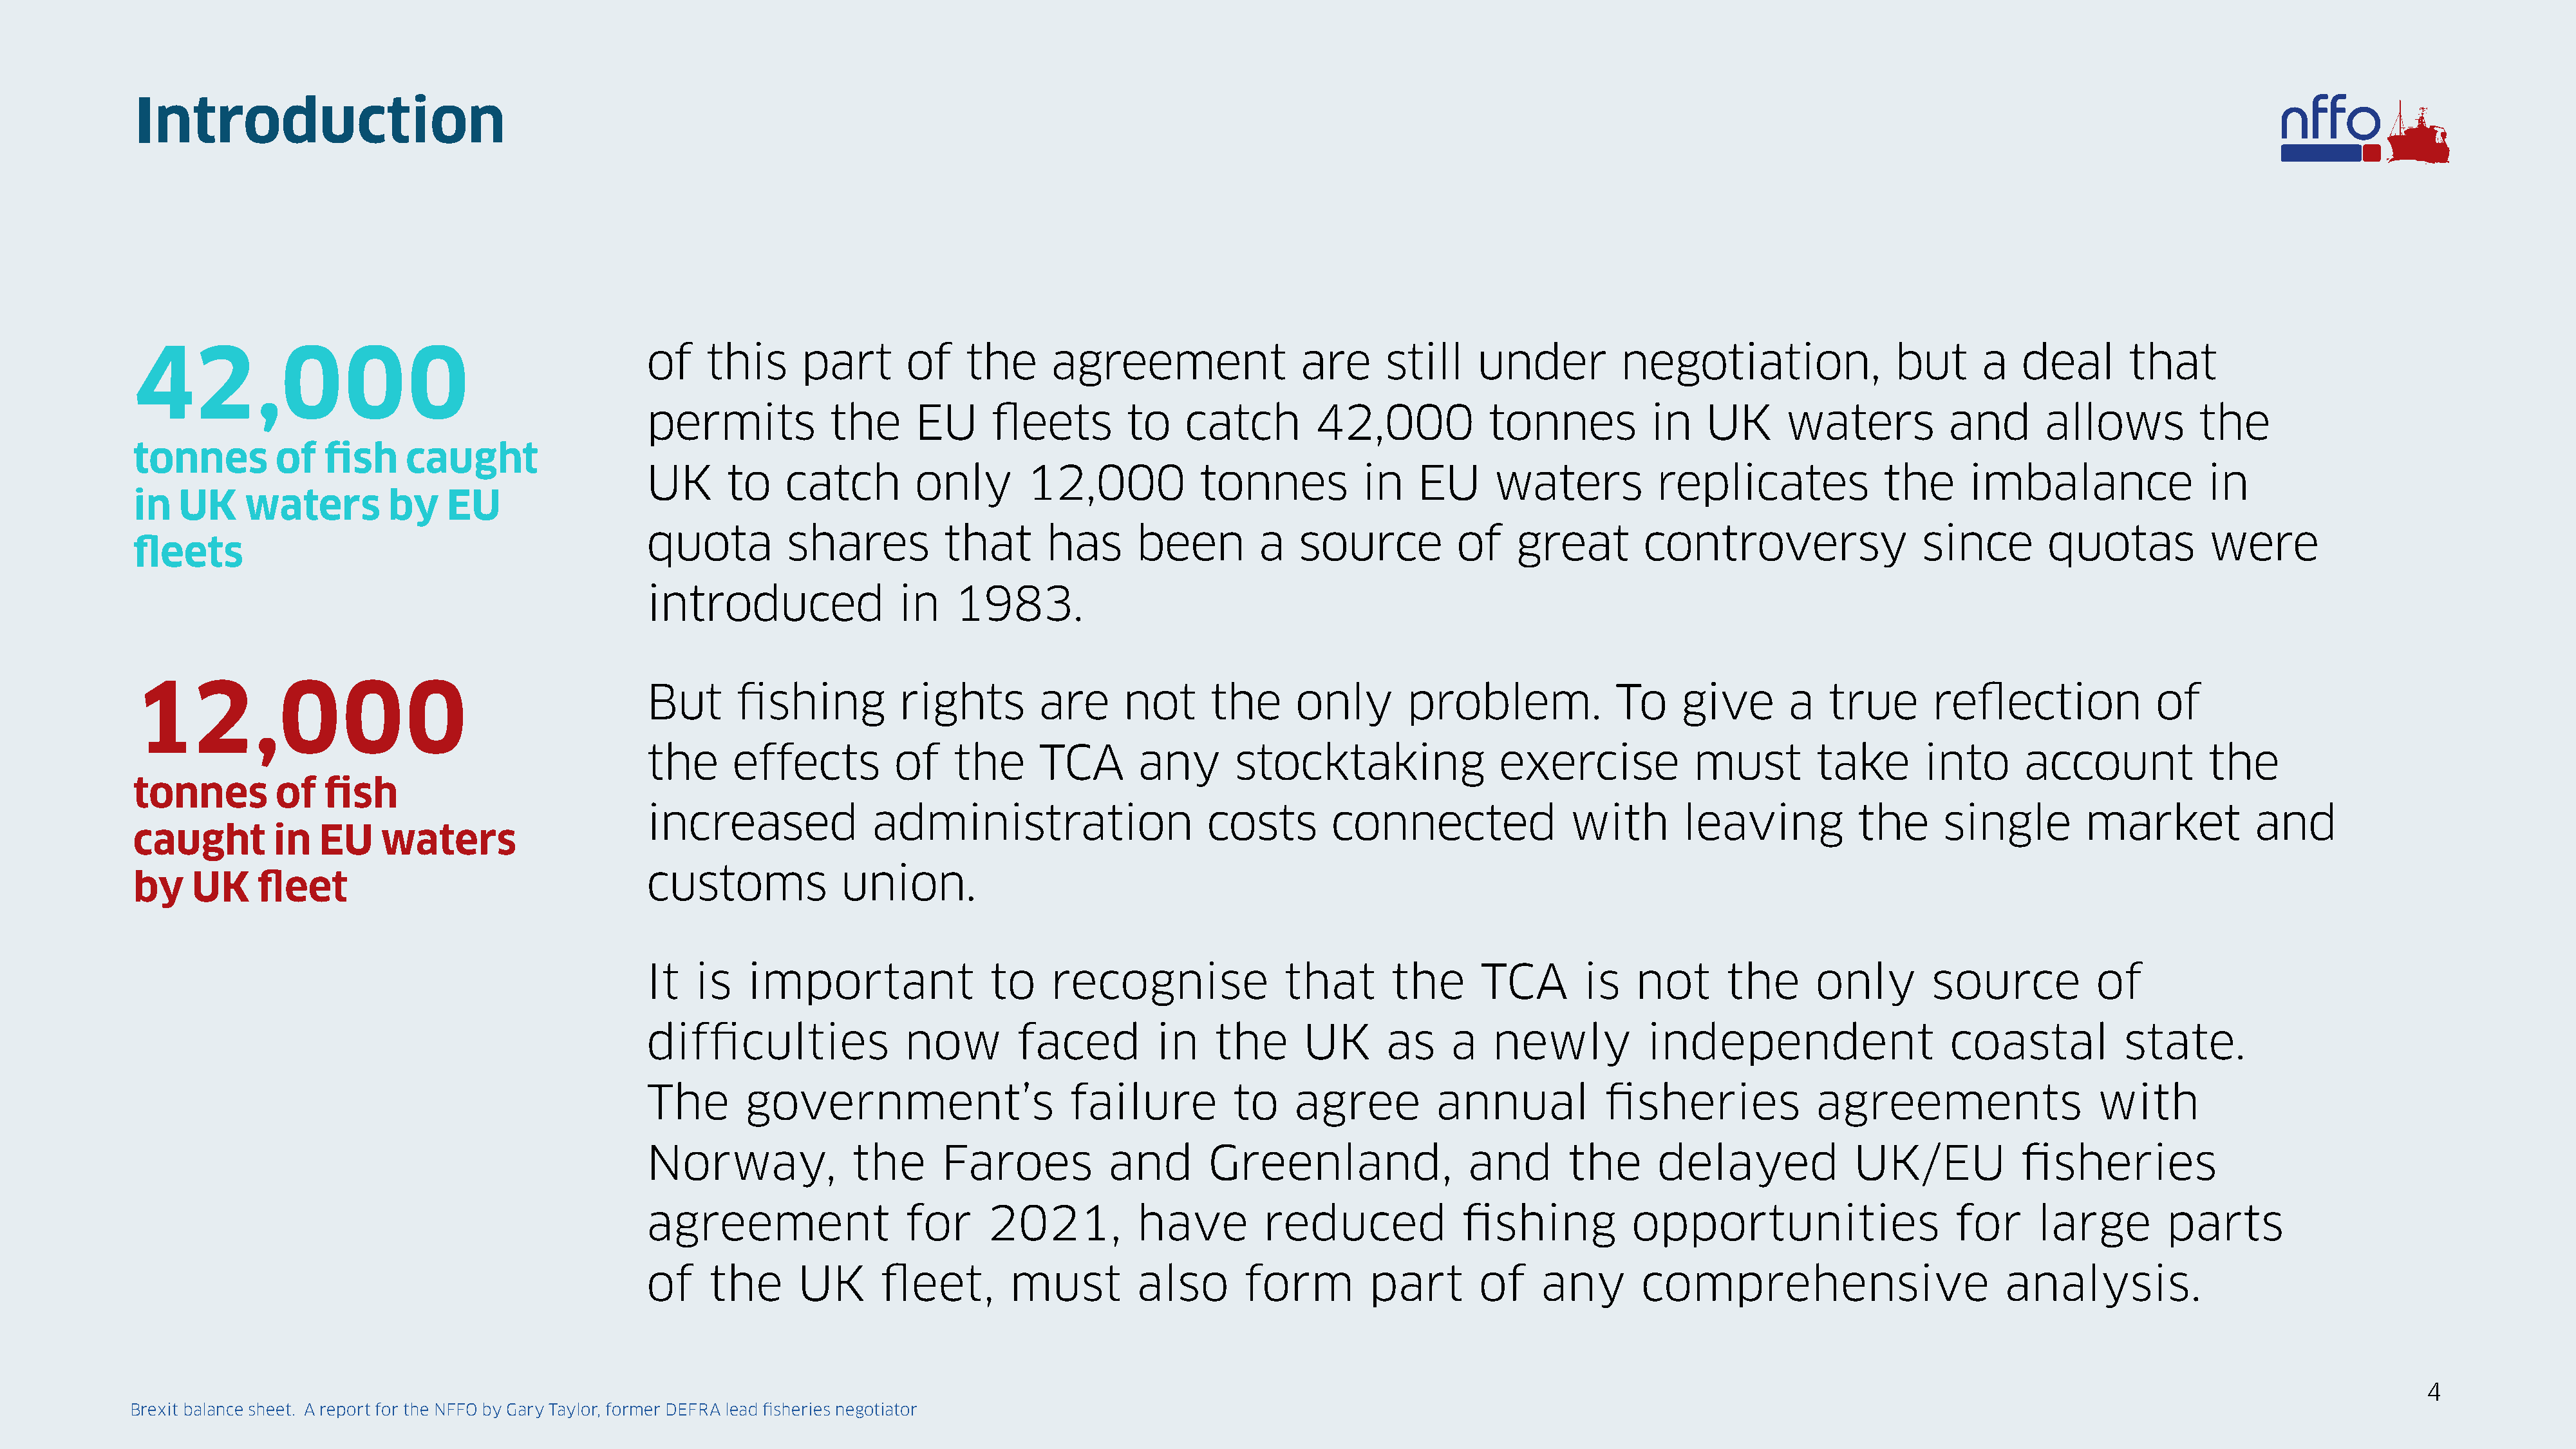
Introduction
 42,000                                              of     this     part       of    the      agreement                 are     still     under          negotiation,                but      a   deal       that
 permits            the      EU      fleets        to    catch        42,000            tonnes           in   UK       waters          and       allows          the
 tonnes        of   fish     caught
 UK       to    catch        only       12,000            tonnes           in    EU      waters          replicates              the     imbalance                in
 in  UK     waters         by    EU
 quota          shares          that       has      been        a   source           of    great        controversy                  since       quotas           were
 fleets
 introduced                in    1983.
 12,000                                              But       fishing         rights         are     not      the      only        problem.             To     give       a   true       reflection             of
 the      effects          of    the      TCA       any       stocktaking                exercise            must         take       into      account            the
 tonnes        of   fish
 increased               administration                    costs        connected               with        leaving           the      single        market            and
 caught        in   EU    waters
 customs             union.
 by    UK    fleet
 It   is    important                to    recognise               that       the      TCA        is   not      the       only        source          of
 difficulties               now         faced         in    the      UK      as     a   newly           independent                    coastal           state.
 The        government’s                     failure          to    agree          annual           fisheries             agreements                   with
 Norway,               the      Faroes           and       Greenland,                 and       the      delayed              UK/EU            fisheries
 agreement                  for      2021,          have         reduced             fishing           opportunities                    for     large         parts
 of     the      UK       fleet,       must         also       form         part       of    any        comprehensive                        analysis.
 4
 Brexit balance sheet. A report for the NFFO by Gary Taylor, former DEFRA lead fisheries negotiator